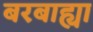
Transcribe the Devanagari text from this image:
बरबाह्या